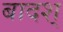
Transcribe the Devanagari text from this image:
बादश्